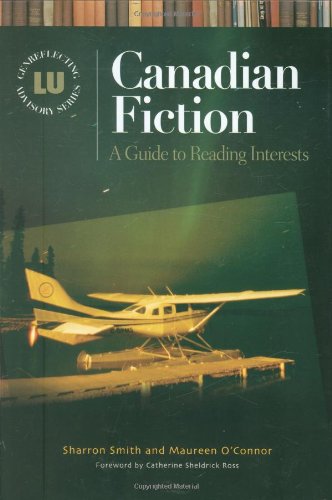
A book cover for Canadian Fiction: A Guide to Reading Interests (Genreflecting Advisory Series); Sharron Smith; Literature & Fiction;